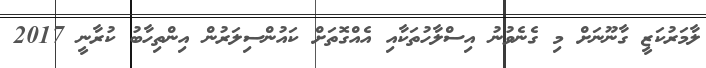
ލާމަރުކަޒީ ގާނޫނަށް މި ގެނެވުނު އިސްލާހުތަކާއި އެއްގޮތަށް ކައުންސިލަރުން އިންތިހާބު ކުރާނީ 2017